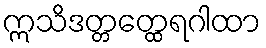
ဣသိဒတ္တတ္ထေရဂါထာ